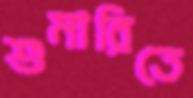
শুমারিতে